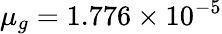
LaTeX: \mu_{g}=1.776\times 10^{-5}